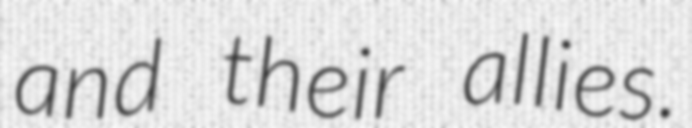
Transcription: and their allies.